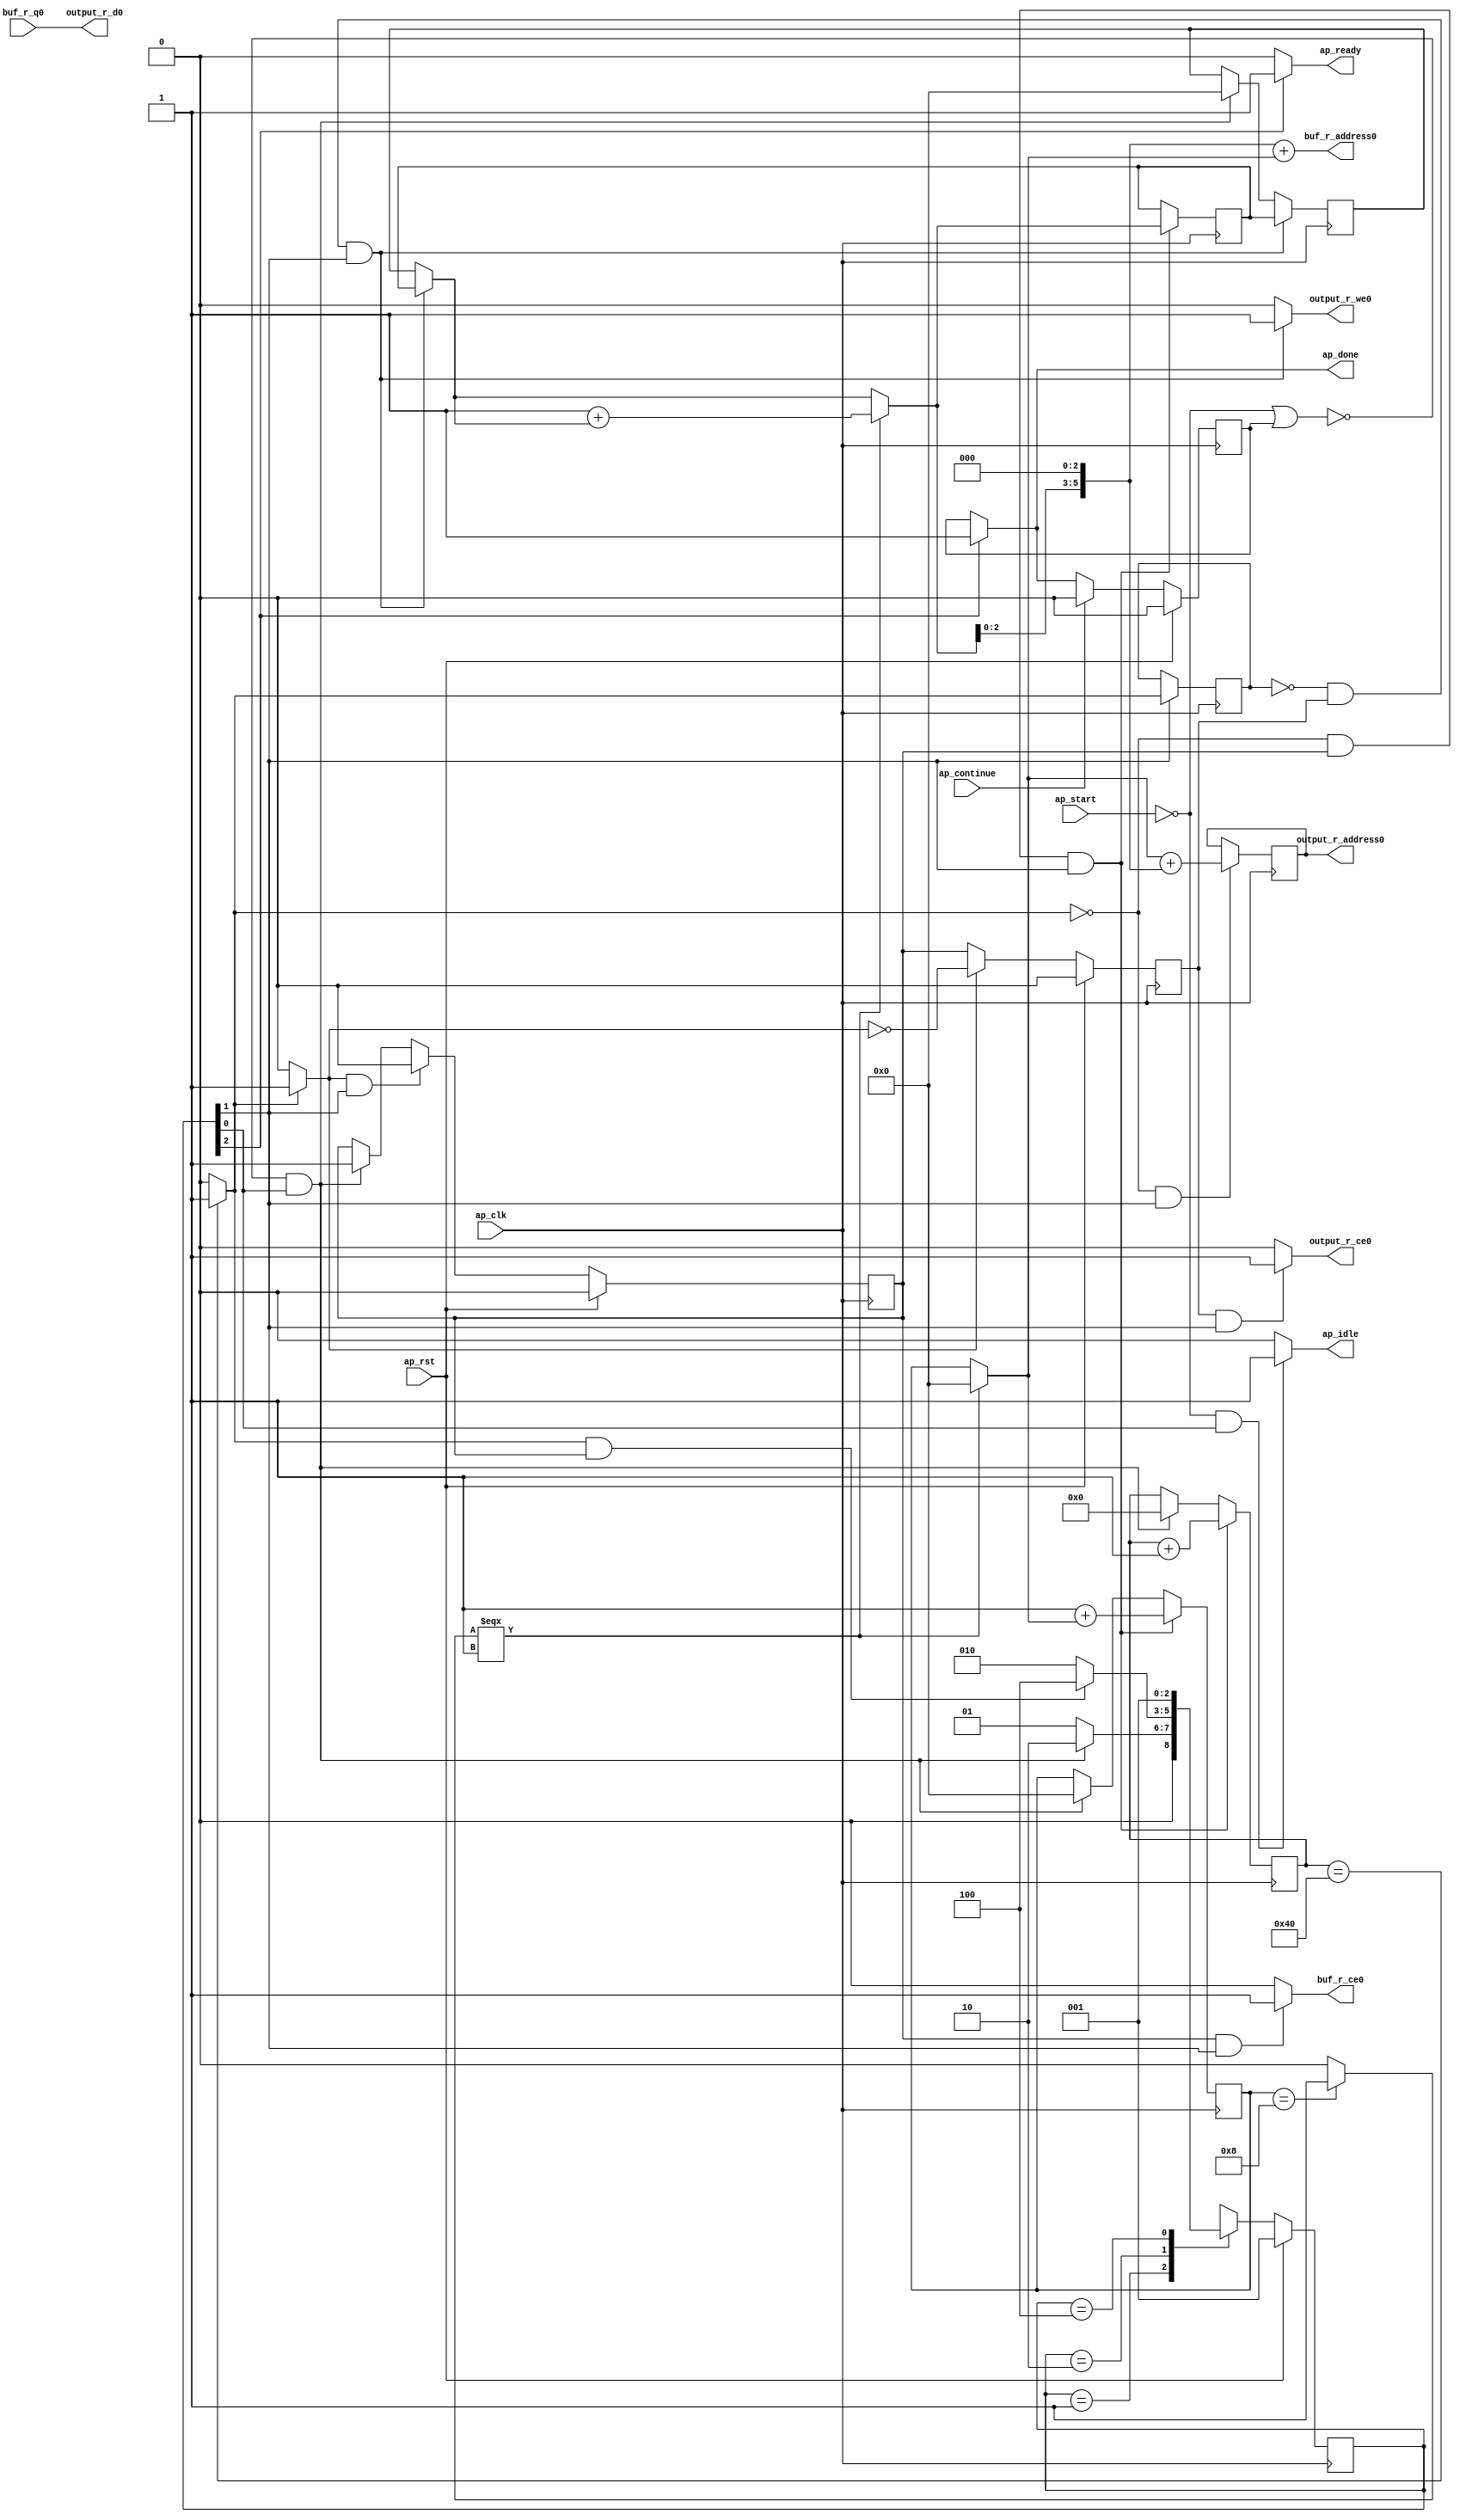
// ==============================================================
// RTL generated by Vivado(TM) HLS - High-Level Synthesis from C, C++ and SystemC
// Version: 2017.4
// Copyright (C) 1986-2017 Xilinx, Inc. All Rights Reserved.
// 
// ===========================================================

`timescale 1 ns / 1 ps 

module write_data (
        ap_clk,
        ap_rst,
        ap_start,
        ap_done,
        ap_continue,
        ap_idle,
        ap_ready,
        buf_r_address0,
        buf_r_ce0,
        buf_r_q0,
        output_r_address0,
        output_r_ce0,
        output_r_we0,
        output_r_d0
);

parameter    ap_ST_fsm_state1 = 3'd1;
parameter    ap_ST_fsm_pp0_stage0 = 3'd2;
parameter    ap_ST_fsm_state4 = 3'd4;

input   ap_clk;
input   ap_rst;
input   ap_start;
output   ap_done;
input   ap_continue;
output   ap_idle;
output   ap_ready;
output  [5:0] buf_r_address0;
output   buf_r_ce0;
input  [15:0] buf_r_q0;
output  [5:0] output_r_address0;
output   output_r_ce0;
output   output_r_we0;
output  [15:0] output_r_d0;

reg ap_done;
reg ap_idle;
reg ap_ready;
reg buf_r_ce0;
reg output_r_ce0;
reg output_r_we0;

reg    ap_done_reg;
(* fsm_encoding = "none" *) reg   [2:0] ap_CS_fsm;
wire    ap_CS_fsm_state1;
reg   [6:0] indvar_flatten_reg_73;
reg   [3:0] r_reg_84;
reg   [3:0] c_reg_95;
wire   [0:0] exitcond_flatten_fu_106_p2;
reg   [0:0] exitcond_flatten_reg_205;
wire    ap_CS_fsm_pp0_stage0;
wire    ap_block_state2_pp0_stage0_iter0;
wire    ap_block_state3_pp0_stage0_iter1;
wire    ap_block_pp0_stage0_11001;
wire   [6:0] indvar_flatten_next_fu_112_p2;
reg    ap_enable_reg_pp0_iter0;
wire   [3:0] tmp_mid2_v_fu_138_p3;
reg   [3:0] tmp_mid2_v_reg_214;
wire   [5:0] tmp_4_fu_189_p2;
reg   [5:0] tmp_4_reg_224;
wire   [3:0] c_1_fu_195_p2;
reg    ap_block_state1;
wire    ap_block_pp0_stage0_subdone;
reg    ap_condition_pp0_exit_iter0_state2;
reg    ap_enable_reg_pp0_iter1;
reg   [3:0] ap_phi_mux_r_phi_fu_88_p4;
wire    ap_block_pp0_stage0;
wire   [63:0] tmp_7_cast_fu_184_p1;
wire   [63:0] tmp_5_fu_201_p1;
wire   [0:0] exitcond2_fu_124_p2;
wire   [3:0] r_1_fu_118_p2;
wire   [6:0] tmp_fu_146_p3;
wire   [2:0] tmp_1_fu_158_p1;
wire   [3:0] c_mid2_fu_130_p3;
wire   [7:0] tmp_1_cast_fu_154_p1;
wire   [7:0] tmp_3_cast_fu_174_p1;
wire   [7:0] tmp_7_fu_178_p2;
wire   [5:0] c_cast6_fu_170_p1;
wire   [5:0] tmp_1_mid2_fu_162_p3;
wire    ap_CS_fsm_state4;
reg   [2:0] ap_NS_fsm;
reg    ap_idle_pp0;
wire    ap_enable_pp0;

// power-on initialization
initial begin
#0 ap_done_reg = 1'b0;
#0 ap_CS_fsm = 3'd1;
#0 ap_enable_reg_pp0_iter0 = 1'b0;
#0 ap_enable_reg_pp0_iter1 = 1'b0;
end

always @ (posedge ap_clk) begin
    if (ap_rst == 1'b1) begin
        ap_CS_fsm <= ap_ST_fsm_state1;
    end else begin
        ap_CS_fsm <= ap_NS_fsm;
    end
end

always @ (posedge ap_clk) begin
    if (ap_rst == 1'b1) begin
        ap_done_reg <= 1'b0;
    end else begin
        if ((ap_continue == 1'b1)) begin
            ap_done_reg <= 1'b0;
        end else if ((1'b1 == ap_CS_fsm_state4)) begin
            ap_done_reg <= 1'b1;
        end
    end
end

always @ (posedge ap_clk) begin
    if (ap_rst == 1'b1) begin
        ap_enable_reg_pp0_iter0 <= 1'b0;
    end else begin
        if (((1'b0 == ap_block_pp0_stage0_subdone) & (1'b1 == ap_condition_pp0_exit_iter0_state2) & (1'b1 == ap_CS_fsm_pp0_stage0))) begin
            ap_enable_reg_pp0_iter0 <= 1'b0;
        end else if ((~((ap_start == 1'b0) | (ap_done_reg == 1'b1)) & (1'b1 == ap_CS_fsm_state1))) begin
            ap_enable_reg_pp0_iter0 <= 1'b1;
        end
    end
end

always @ (posedge ap_clk) begin
    if (ap_rst == 1'b1) begin
        ap_enable_reg_pp0_iter1 <= 1'b0;
    end else begin
        if (((1'b0 == ap_block_pp0_stage0_subdone) & (1'b1 == ap_condition_pp0_exit_iter0_state2))) begin
            ap_enable_reg_pp0_iter1 <= (1'b1 ^ ap_condition_pp0_exit_iter0_state2);
        end else if ((1'b0 == ap_block_pp0_stage0_subdone)) begin
            ap_enable_reg_pp0_iter1 <= ap_enable_reg_pp0_iter0;
        end else if ((~((ap_start == 1'b0) | (ap_done_reg == 1'b1)) & (1'b1 == ap_CS_fsm_state1))) begin
            ap_enable_reg_pp0_iter1 <= 1'b0;
        end
    end
end

always @ (posedge ap_clk) begin
    if (((1'b0 == ap_block_pp0_stage0_11001) & (exitcond_flatten_fu_106_p2 == 1'd0) & (ap_enable_reg_pp0_iter0 == 1'b1) & (1'b1 == ap_CS_fsm_pp0_stage0))) begin
        c_reg_95 <= c_1_fu_195_p2;
    end else if ((~((ap_start == 1'b0) | (ap_done_reg == 1'b1)) & (1'b1 == ap_CS_fsm_state1))) begin
        c_reg_95 <= 4'd0;
    end
end

always @ (posedge ap_clk) begin
    if (((1'b0 == ap_block_pp0_stage0_11001) & (exitcond_flatten_fu_106_p2 == 1'd0) & (ap_enable_reg_pp0_iter0 == 1'b1) & (1'b1 == ap_CS_fsm_pp0_stage0))) begin
        indvar_flatten_reg_73 <= indvar_flatten_next_fu_112_p2;
    end else if ((~((ap_start == 1'b0) | (ap_done_reg == 1'b1)) & (1'b1 == ap_CS_fsm_state1))) begin
        indvar_flatten_reg_73 <= 7'd0;
    end
end

always @ (posedge ap_clk) begin
    if (((1'b0 == ap_block_pp0_stage0_11001) & (exitcond_flatten_reg_205 == 1'd0) & (ap_enable_reg_pp0_iter1 == 1'b1) & (1'b1 == ap_CS_fsm_pp0_stage0))) begin
        r_reg_84 <= tmp_mid2_v_reg_214;
    end else if ((~((ap_start == 1'b0) | (ap_done_reg == 1'b1)) & (1'b1 == ap_CS_fsm_state1))) begin
        r_reg_84 <= 4'd0;
    end
end

always @ (posedge ap_clk) begin
    if (((1'b0 == ap_block_pp0_stage0_11001) & (1'b1 == ap_CS_fsm_pp0_stage0))) begin
        exitcond_flatten_reg_205 <= exitcond_flatten_fu_106_p2;
    end
end

always @ (posedge ap_clk) begin
    if (((1'b0 == ap_block_pp0_stage0_11001) & (exitcond_flatten_fu_106_p2 == 1'd0) & (1'b1 == ap_CS_fsm_pp0_stage0))) begin
        tmp_4_reg_224 <= tmp_4_fu_189_p2;
    end
end

always @ (posedge ap_clk) begin
    if (((1'b0 == ap_block_pp0_stage0_11001) & (exitcond_flatten_fu_106_p2 == 1'd0) & (ap_enable_reg_pp0_iter0 == 1'b1) & (1'b1 == ap_CS_fsm_pp0_stage0))) begin
        tmp_mid2_v_reg_214 <= tmp_mid2_v_fu_138_p3;
    end
end

always @ (*) begin
    if ((exitcond_flatten_fu_106_p2 == 1'd1)) begin
        ap_condition_pp0_exit_iter0_state2 = 1'b1;
    end else begin
        ap_condition_pp0_exit_iter0_state2 = 1'b0;
    end
end

always @ (*) begin
    if ((1'b1 == ap_CS_fsm_state4)) begin
        ap_done = 1'b1;
    end else begin
        ap_done = ap_done_reg;
    end
end

always @ (*) begin
    if (((ap_start == 1'b0) & (1'b1 == ap_CS_fsm_state1))) begin
        ap_idle = 1'b1;
    end else begin
        ap_idle = 1'b0;
    end
end

always @ (*) begin
    if (((ap_enable_reg_pp0_iter1 == 1'b0) & (ap_enable_reg_pp0_iter0 == 1'b0))) begin
        ap_idle_pp0 = 1'b1;
    end else begin
        ap_idle_pp0 = 1'b0;
    end
end

always @ (*) begin
    if (((exitcond_flatten_reg_205 == 1'd0) & (ap_enable_reg_pp0_iter1 == 1'b1) & (1'b1 == ap_CS_fsm_pp0_stage0) & (1'b0 == ap_block_pp0_stage0))) begin
        ap_phi_mux_r_phi_fu_88_p4 = tmp_mid2_v_reg_214;
    end else begin
        ap_phi_mux_r_phi_fu_88_p4 = r_reg_84;
    end
end

always @ (*) begin
    if ((1'b1 == ap_CS_fsm_state4)) begin
        ap_ready = 1'b1;
    end else begin
        ap_ready = 1'b0;
    end
end

always @ (*) begin
    if (((1'b0 == ap_block_pp0_stage0_11001) & (ap_enable_reg_pp0_iter0 == 1'b1) & (1'b1 == ap_CS_fsm_pp0_stage0))) begin
        buf_r_ce0 = 1'b1;
    end else begin
        buf_r_ce0 = 1'b0;
    end
end

always @ (*) begin
    if (((1'b0 == ap_block_pp0_stage0_11001) & (ap_enable_reg_pp0_iter1 == 1'b1) & (1'b1 == ap_CS_fsm_pp0_stage0))) begin
        output_r_ce0 = 1'b1;
    end else begin
        output_r_ce0 = 1'b0;
    end
end

always @ (*) begin
    if (((1'b0 == ap_block_pp0_stage0_11001) & (exitcond_flatten_reg_205 == 1'd0) & (ap_enable_reg_pp0_iter1 == 1'b1) & (1'b1 == ap_CS_fsm_pp0_stage0))) begin
        output_r_we0 = 1'b1;
    end else begin
        output_r_we0 = 1'b0;
    end
end

always @ (*) begin
    case (ap_CS_fsm)
        ap_ST_fsm_state1 : begin
            if ((~((ap_start == 1'b0) | (ap_done_reg == 1'b1)) & (1'b1 == ap_CS_fsm_state1))) begin
                ap_NS_fsm = ap_ST_fsm_pp0_stage0;
            end else begin
                ap_NS_fsm = ap_ST_fsm_state1;
            end
        end
        ap_ST_fsm_pp0_stage0 : begin
            if (~((1'b0 == ap_block_pp0_stage0_subdone) & (exitcond_flatten_fu_106_p2 == 1'd1) & (ap_enable_reg_pp0_iter0 == 1'b1))) begin
                ap_NS_fsm = ap_ST_fsm_pp0_stage0;
            end else if (((1'b0 == ap_block_pp0_stage0_subdone) & (exitcond_flatten_fu_106_p2 == 1'd1) & (ap_enable_reg_pp0_iter0 == 1'b1))) begin
                ap_NS_fsm = ap_ST_fsm_state4;
            end else begin
                ap_NS_fsm = ap_ST_fsm_pp0_stage0;
            end
        end
        ap_ST_fsm_state4 : begin
            ap_NS_fsm = ap_ST_fsm_state1;
        end
        default : begin
            ap_NS_fsm = 'bx;
        end
    endcase
end

assign ap_CS_fsm_pp0_stage0 = ap_CS_fsm[32'd1];

assign ap_CS_fsm_state1 = ap_CS_fsm[32'd0];

assign ap_CS_fsm_state4 = ap_CS_fsm[32'd2];

assign ap_block_pp0_stage0 = ~(1'b1 == 1'b1);

assign ap_block_pp0_stage0_11001 = ~(1'b1 == 1'b1);

assign ap_block_pp0_stage0_subdone = ~(1'b1 == 1'b1);

always @ (*) begin
    ap_block_state1 = ((ap_start == 1'b0) | (ap_done_reg == 1'b1));
end

assign ap_block_state2_pp0_stage0_iter0 = ~(1'b1 == 1'b1);

assign ap_block_state3_pp0_stage0_iter1 = ~(1'b1 == 1'b1);

assign ap_enable_pp0 = (ap_idle_pp0 ^ 1'b1);

assign buf_r_address0 = tmp_7_cast_fu_184_p1;

assign c_1_fu_195_p2 = (4'd1 + c_mid2_fu_130_p3);

assign c_cast6_fu_170_p1 = c_mid2_fu_130_p3;

assign c_mid2_fu_130_p3 = ((exitcond2_fu_124_p2[0:0] === 1'b1) ? 4'd0 : c_reg_95);

assign exitcond2_fu_124_p2 = ((c_reg_95 == 4'd8) ? 1'b1 : 1'b0);

assign exitcond_flatten_fu_106_p2 = ((indvar_flatten_reg_73 == 7'd64) ? 1'b1 : 1'b0);

assign indvar_flatten_next_fu_112_p2 = (indvar_flatten_reg_73 + 7'd1);

assign output_r_address0 = tmp_5_fu_201_p1;

assign output_r_d0 = buf_r_q0;

assign r_1_fu_118_p2 = (4'd1 + ap_phi_mux_r_phi_fu_88_p4);

assign tmp_1_cast_fu_154_p1 = tmp_fu_146_p3;

assign tmp_1_fu_158_p1 = tmp_mid2_v_fu_138_p3[2:0];

assign tmp_1_mid2_fu_162_p3 = {{tmp_1_fu_158_p1}, {3'd0}};

assign tmp_3_cast_fu_174_p1 = c_mid2_fu_130_p3;

assign tmp_4_fu_189_p2 = (c_cast6_fu_170_p1 + tmp_1_mid2_fu_162_p3);

assign tmp_5_fu_201_p1 = tmp_4_reg_224;

assign tmp_7_cast_fu_184_p1 = tmp_7_fu_178_p2;

assign tmp_7_fu_178_p2 = (tmp_1_cast_fu_154_p1 + tmp_3_cast_fu_174_p1);

assign tmp_fu_146_p3 = {{tmp_mid2_v_fu_138_p3}, {3'd0}};

assign tmp_mid2_v_fu_138_p3 = ((exitcond2_fu_124_p2[0:0] === 1'b1) ? r_1_fu_118_p2 : ap_phi_mux_r_phi_fu_88_p4);

endmodule //write_data